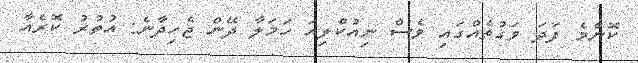
ކޮންމެ ފަދަ ވަގުތެއްގައި ވެސް ނިއުކްލިއަ ހަމަލާ ދޭން ޖެހިދާނެ: އުތުރު ކޮރެއާ